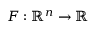
F : \mathbb { R } ^ { n } \to \mathbb { R }